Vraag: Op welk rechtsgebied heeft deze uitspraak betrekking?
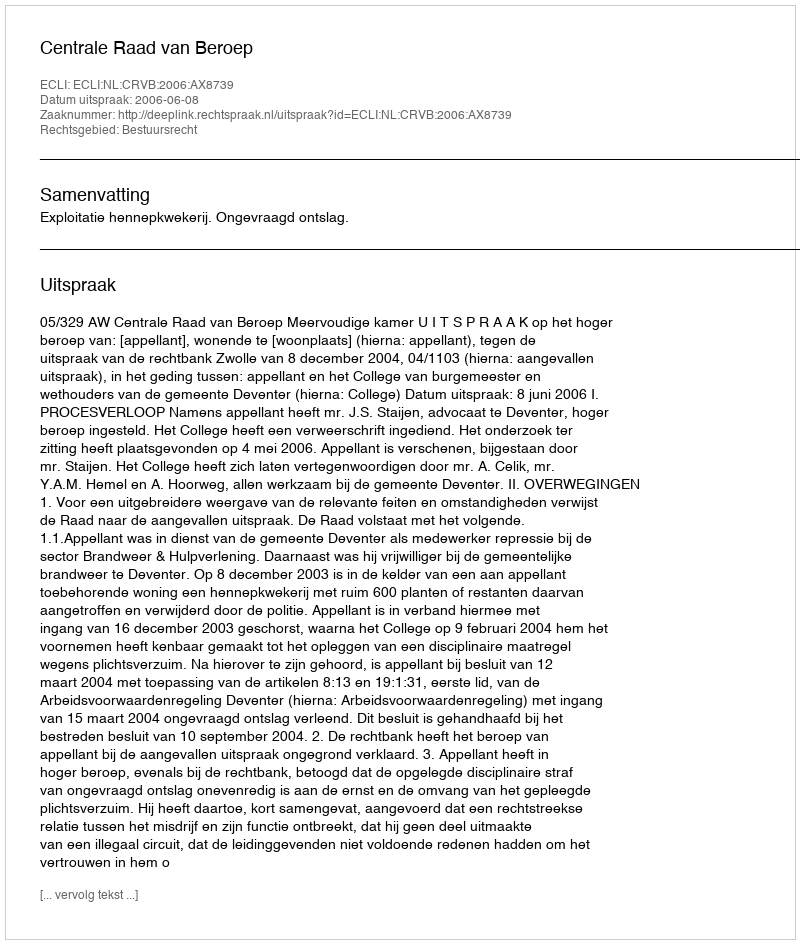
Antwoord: Bestuursrecht